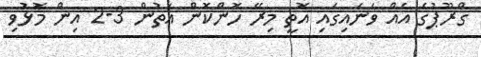
ގްރޫޕުގެ އެއް ވަނައިގައި އޮތީ މިރޭ ހޮންކޮން އަތުން 3-2 އިން މޮޅުވި